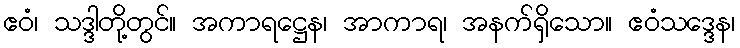
ဧဝံ၊ သဒ္ဒါတို့တွင်။ အကာရဋ္ဌေန၊ အာကာရ၊ အနက်ရှိသော။ ဧဝံသဒ္ဒေန၊